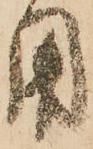
用